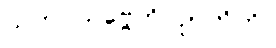
သဟ သဗ္ဗေဟိ ဉာတိဘိ။